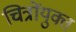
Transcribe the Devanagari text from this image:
चित्रोंयुक्त